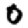
Digit: 0